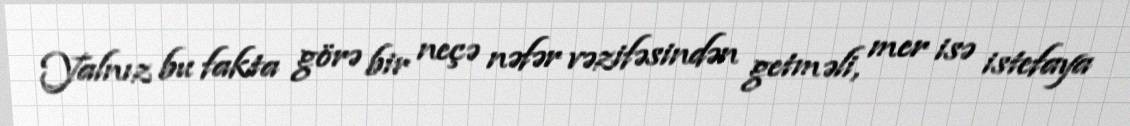
Yalnız bu fakta görə bir neçə nəfər vəzifəsindən getməli, mer isə istefaya